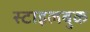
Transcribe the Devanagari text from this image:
स्टाइलबुक